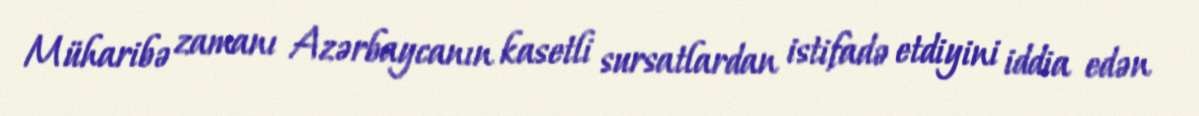
Müharibə zamanı Azərbaycanın kasetli sursatlardan istifadə etdiyini iddia edən